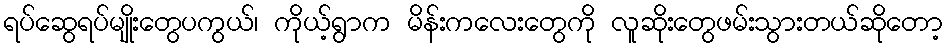
ရပ်ဆွေရပ်မျိုးတွေပကွယ်၊ ကိုယ့်ရွာက မိန်းကလေးတွေကို လူဆိုးတွေဖမ်းသွားတယ်ဆိုတော့